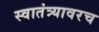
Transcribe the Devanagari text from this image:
स्वातंत्र्यावरच